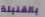
بالقنبلة